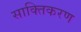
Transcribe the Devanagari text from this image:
साक्तिकरण